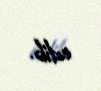
edib.